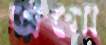
অগো